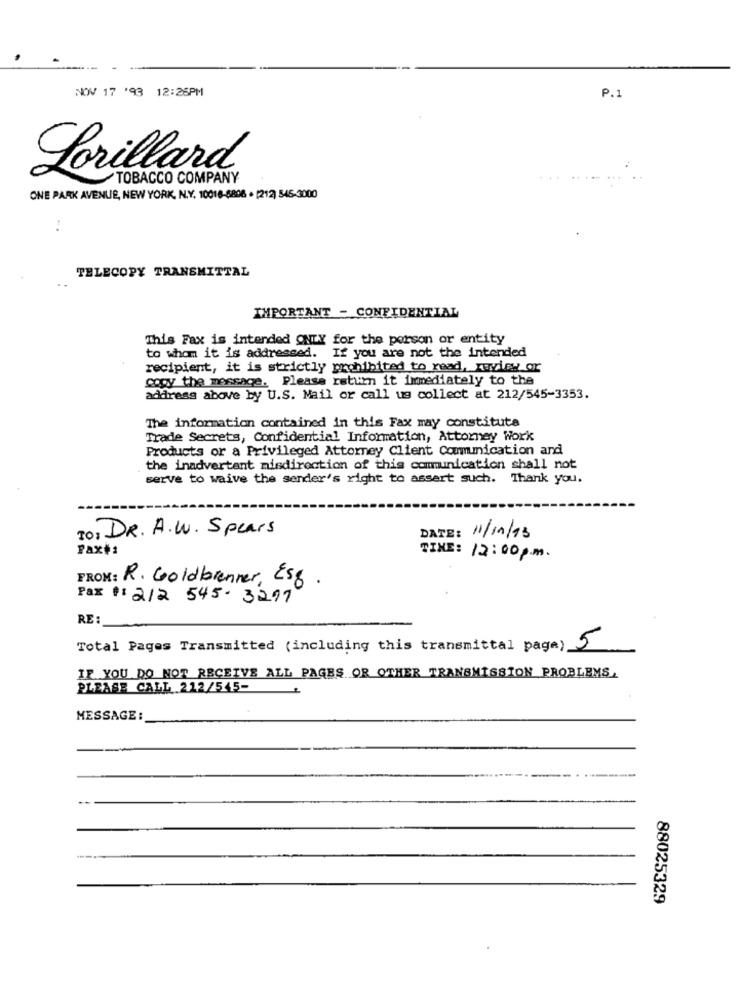
NOV 17 '93 12:26PM
P.1
Lorillard
TOBACCO COMPANY
ONE PARK AVENUE, NEW YORK, N.Y. 10018-8806 · [212) 545-3000
TELECOPY TRANSMITTAL
IMPORTANT - CONFIDENTIAL
This Fax is intended ONLY for the person or entity
to whom it is addressed. If you are not the intended
recipient, it is strictly prohibited to read, Juvisy or
copy the message. Please return it immediately to the
address above by U.S. Mail or call us collect at 212/545-3353.
The information contained in this Fax may constitute
Trade Secrets, Confidential Information, Attorney Work
Products or a Privileged Attorney Client Communication and
the inadvertent misdirection of this communication shall not
serve to waive the sender's right to assert such.
Thank you.
To: DR. A.W. Spears
DATE:
11/11/13
Pax#:
TIME: 12:00p.m.
FROM: R. Goldbrenner, Esg.
Fax +1212 545-3217
RE :
Total Pages Transmitted (including this transmittal page) 5
IF YOU DO NOT RECEIVE ALL PAGES OR OTHER TRANSMISSION PROBLEMS,
PLEASE CALL 212/545-
MESSAGE :
88025329